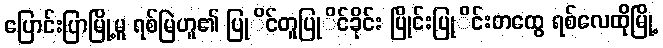
ပြောင်းပြာမြို့မူ ရစ်မြဲဟူ၏ ပြုိင်တူပြုိင်ခိုင်း ပြိုင်းပြုိင်းတထွေ ရစ်လေထိုမြို့